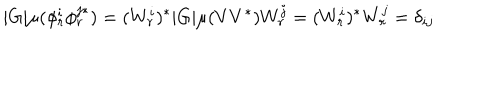
LaTeX: | G | \mu ( \phi _ { r } ^ { i } \phi _ { r } ^ { j * } ) = ( W _ { r } ^ { i } ) ^ { * } | G | \mu ( V V ^ { * } ) W _ { r } ^ { j } = ( W _ { r } ^ { i } ) ^ { * } W _ { r } ^ { j } = \delta _ { i j }